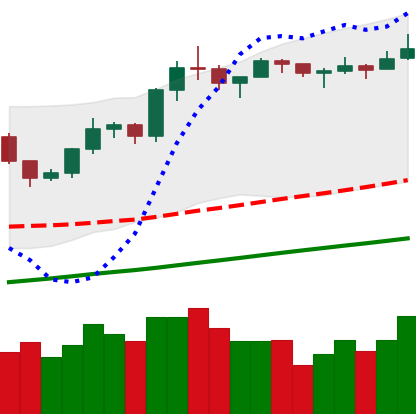
Ticker: LTC-USD
Chart end date: 2019-06-22
Forward return: -19.378%
Label: down_7plus